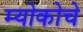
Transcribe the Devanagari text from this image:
म्योकोचे